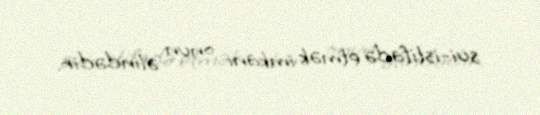
sui-istifadə etmək imkanı onun əlindədir.